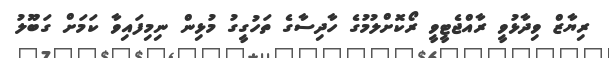
ރިޔާޒް ވިދާޅުވީ ރާއްޖެޓީވީ ރޯކޮށްލުމުގެ ހާދިސާގެ ތަހުގީގު މުޅިން ނިމިފައިވާ ކަމަށް ގަބޫލު